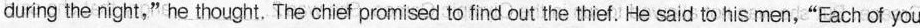
during the night,"he thought. The chief promised to find out the thief. He said to his men,"Each of you